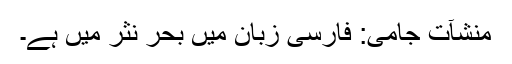
منشآت جامی: فارسی زبان میں بحر نثر میں ہے۔